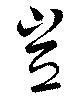
豈